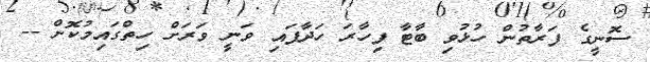
ސޮނީގެ ފަރާތުން ހުޅުވި ބާޓާ ފިހާރަ ހަދާފައި ވަނީ ވަރަށް ހިތްގައިމުކޮށް --